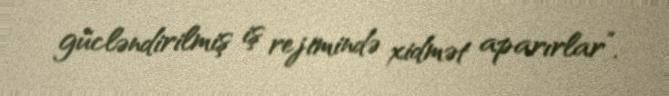
gücləndirilmiş iş rejimində xidmət aparırlar”.